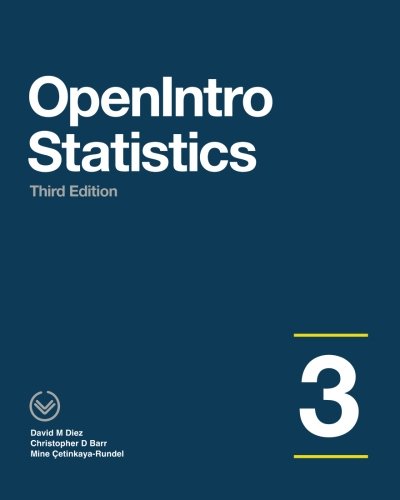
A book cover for OpenIntro Statistics: Third Edition; David M Diez; Science & Math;